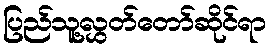
ပြည်သူ့လွှတ်တော်ဆိုင်ရာ